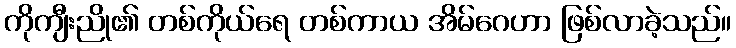
ကိုကျီးညို၏ တစ်ကိုယ်ရေ တစ်ကာယ အိမ်ဂေဟာ ဖြစ်လာခဲ့သည်။